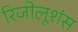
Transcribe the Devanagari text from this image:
रिजोलूशंस